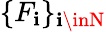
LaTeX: \{ {F}_{\mathbf{i}}\} _{\mathbf{i}\inN}